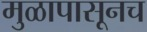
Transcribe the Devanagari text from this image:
मुळापासूनच